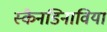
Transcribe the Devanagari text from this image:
स्कैनडिनाविया